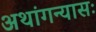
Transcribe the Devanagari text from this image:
अथांगन्यासः